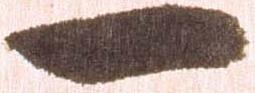
一